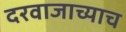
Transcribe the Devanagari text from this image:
दरवाजाच्याच